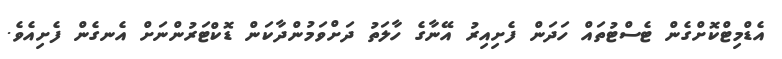
އެޑްމިޓްކޮށްގެން ޓެސްޓުތައް ހަދަން ފެށިއިރު އޭނާގެ ހާލަތު ދަށްވަމުންދާކަން ޑޮކްޓަރުންނަށް އެނގެން ފެށިއެވެ.